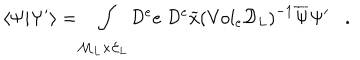
\langle \Psi | \Psi ^ { \prime } \rangle = \int _ { { \cal M } _ { L } \times { \cal E } _ { L } } { \cal D } ^ { e } e \; { \cal D } ^ { e } \widetilde { x } \left( \mathrm { V o l } _ { e } { \cal D } _ { L } \right) ^ { - 1 } \overline { { { \Psi } } } \Psi ^ { \prime } .